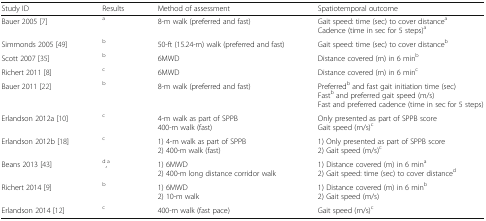
| Study ID | Results | Method of assessment | Spatiotemporal outcome |
 | --- | --- | --- | --- |
 | Bauer 2005 [7] | a | 8-m walk (preferred and fast) | Gait speed: time (sec) to cover distanceaCadence (time in sec for 5 steps)a |
 | Simmonds 2005 [49] | b | 50-ft (15.24-m) walk (preferred and fast) | Gait speed: time (sec) to cover distanceb |
 | Scott 2007 [35] | b | 6MWD | Distance covered (m) in 6 minb |
 | Richert 2011 [8] | c | 6MWD | Distance covered (m) in 6 minc |
 | Bauer 2011 [22] | b | 8-m walk (preferred and fast) | Preferredb and fast gait initiation time (sec)Fastb and preferred gait speed (m/s)Fast and preferred cadence (time in sec for 5 steps) |
 | Erlandson 2012a [10] | c | 4-m walk as part of SPPB400-m walk (fast) | Only presented as part of SPPB scoreGait speed (m/s)c |
 | Erlandson 2012b [18] | c | 1) 4-m walk as part of SPPB2) 400-m walk (fast) | 1) Only presented as part of SPPB score2) Gait speed (m/s)c |
 | Beans 2013 [43] | d,a | 1) 6MWD2) 400-m long distance corridor walk | 1) Distance covered (m) in 6 mina2) Gait speed: time (sec) to cover distanced |
 | Richert 2014 [9] | b | 1) 6MWD2) 10-m walk | 1) Distance covered (m) in 6 minb2) Gait speed (m/s) |
 | Erlandson 2014 [12] | c | 400-m walk (fast pace) | Gait speed (m/s)c |